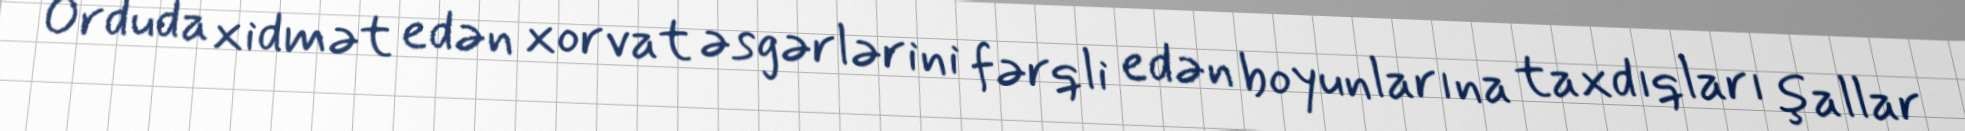
Orduda xidmət edən xorvat əsgərlərini fərqli edən boyunlarına taxdıqları şallar